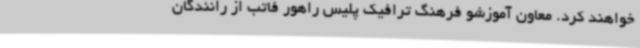
خواهند کرد. معاون آموزشو فرهنگ ترافیک پلیس راهور فاتب از رانندگان